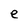
Character: e